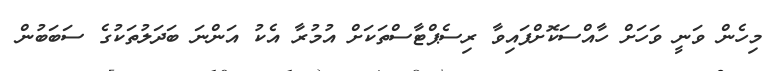
މިހެން ވަނީ ވަހަށް ހާއްސަކޮށްފައިވާ ރިސެޕްޓާސްތަކަށް އުމުރާ އެކު އަންނަ ބަދަލުތަކުގެ ސަބަބުން